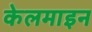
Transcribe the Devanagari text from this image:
केलमाइन